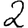
Digit: 2